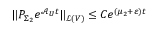
\Vert P _ { \Sigma _ { 2 } } e ^ { \mathcal { A } _ { U } t } \Vert _ { \mathcal { L } ( V ) } \leq C e ^ { ( \mu _ { 2 } + \varepsilon ) t }